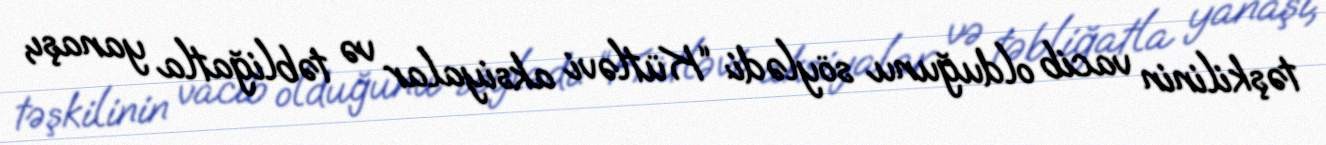
təşkilinin vacib olduğunu söylədi: “Kütləvi aksiyalar və təbliğatla yanaşı,